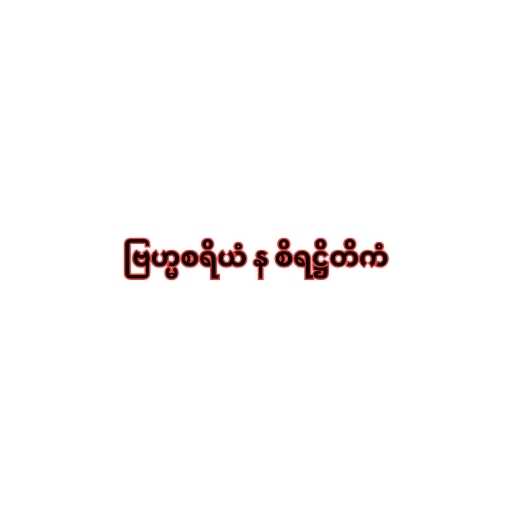
ဗြဟ္မစရိယံ န စိရဋ္ဌိတိကံ